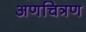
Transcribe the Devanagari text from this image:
अणचित्रण